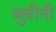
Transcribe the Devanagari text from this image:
जुवीनी